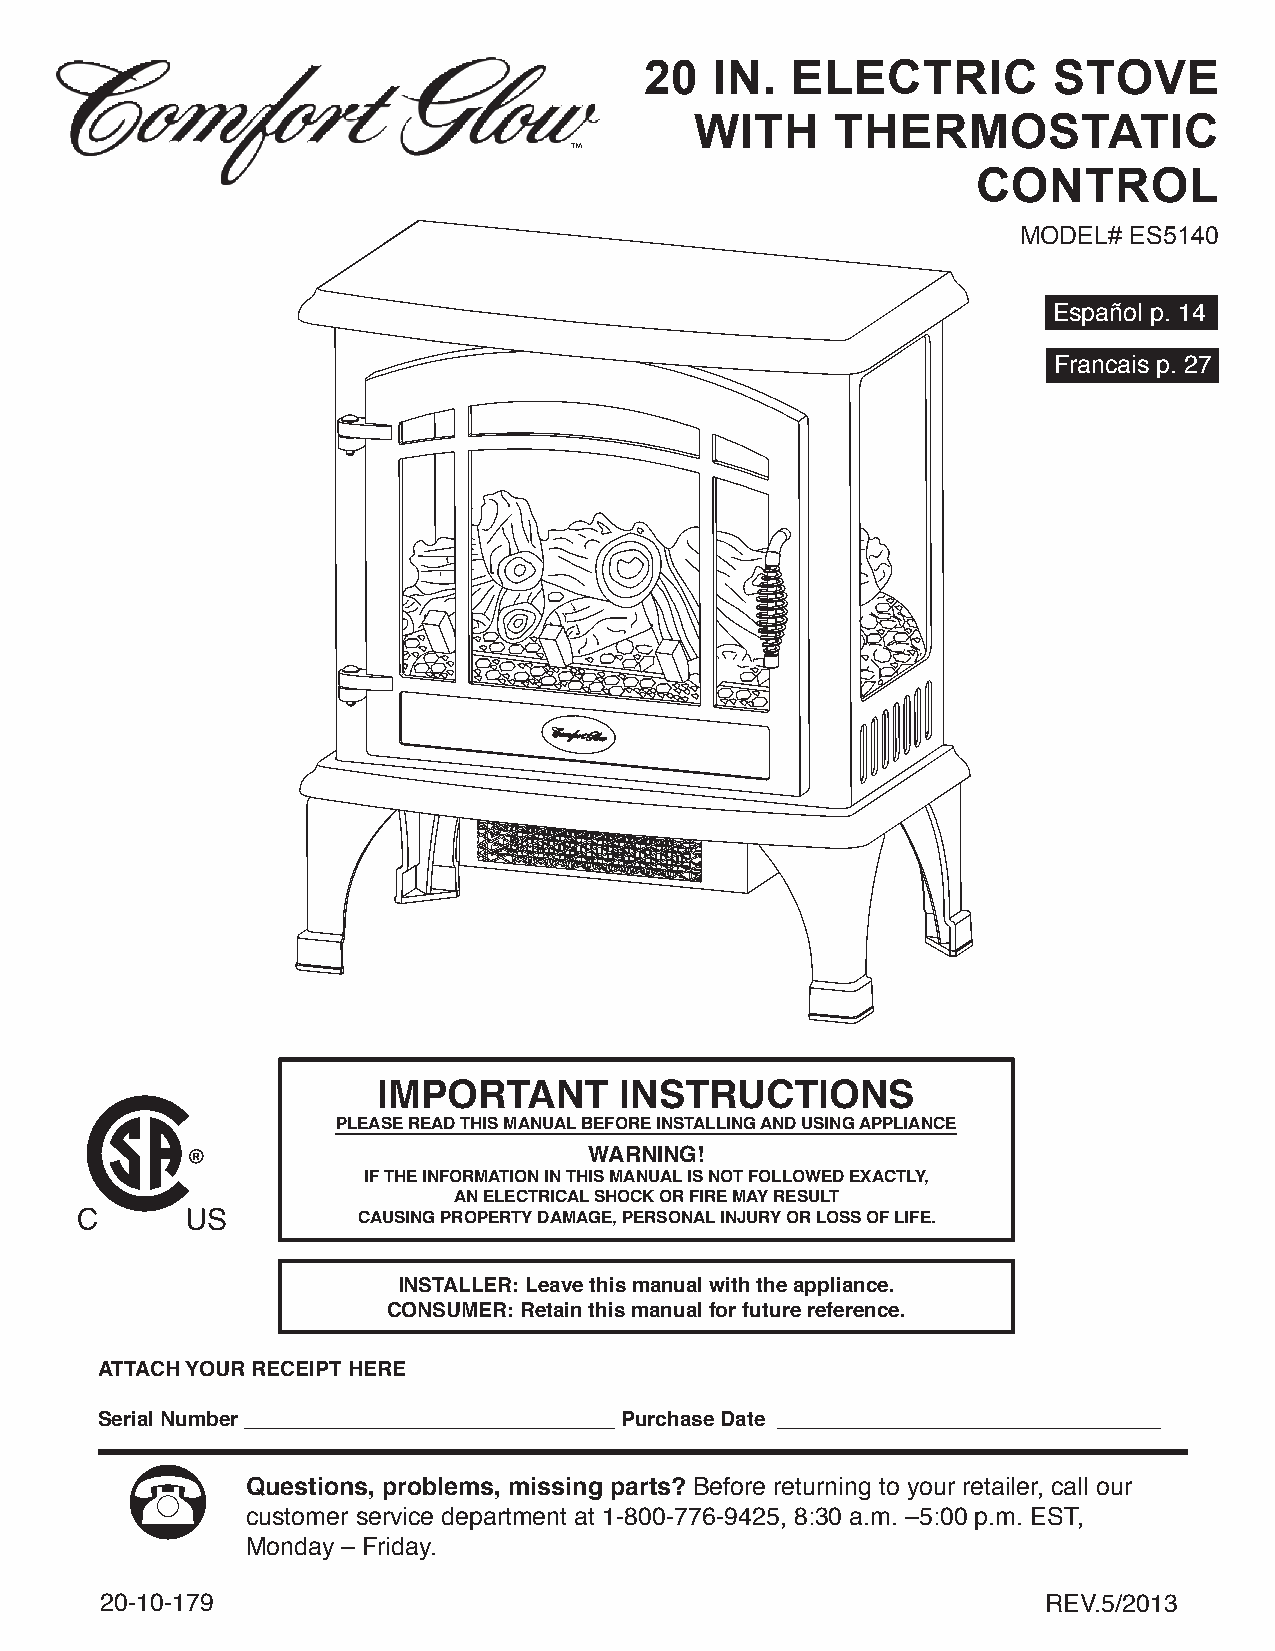
20  IN.  ELECTRIC          STOVE
 WITH     THERMOSTATIC
 CONTROL
 MODEL# ES5140
 Español p. 14
 Francais p. 27
 IMPORTANT       INSTRUCTIONS
 PLEASE READ THIS MANUAL BEFORE INSTALLING AND USING APPLIANCE
 WARNING!
 IF THE INFORMATION IN THIS MANUAL IS NOT FOLLOWED EXACTLY,
 AN ELECTRICAL SHOCK OR FIRE MAY RESULT
 CAUSING PROPERTY DAMAGE, PERSONAL INJURY OR LOSS OF LIFE.
 INSTALLER: Leave this manual with the appliance.
 CONSUMER: Retain this manual for future reference.
 ATTACH YOUR RECEIPT HERE
 Serial Number ________________________________ Purchase Date _________________________________
 Questions, problems, missing parts? Before returning to your retailer, call our
 customer service department at 1-800-776-9425, 8:30 a.m. –5:00 p.m. EST,
 Monday – Friday.
 20-10-179                          1                          REV.5/2013